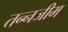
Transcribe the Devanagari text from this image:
तन्नजीम